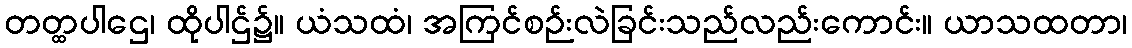
တတ္ထပါဌေ၊ ထိုပါဌ်၌။ ယံသထံ၊ အကြင်စဉ်းလဲခြင်းသည်လည်းကောင်း။ ယာသထတာ၊